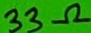
Text: 33Ω